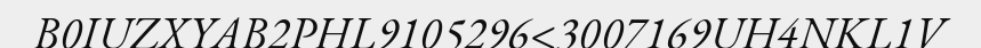
B0IUZXYAB2PHL9105296<3007169UH4NKL1V